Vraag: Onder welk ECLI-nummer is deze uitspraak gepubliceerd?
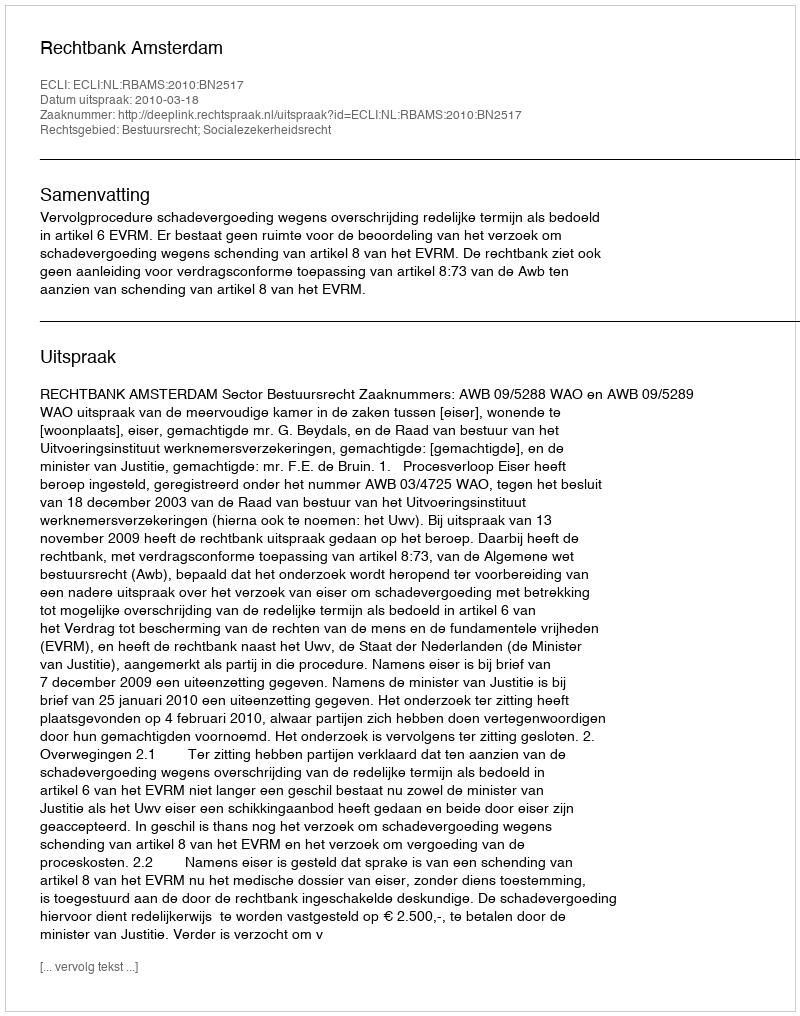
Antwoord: ECLI:NL:RBAMS:2010:BN2517